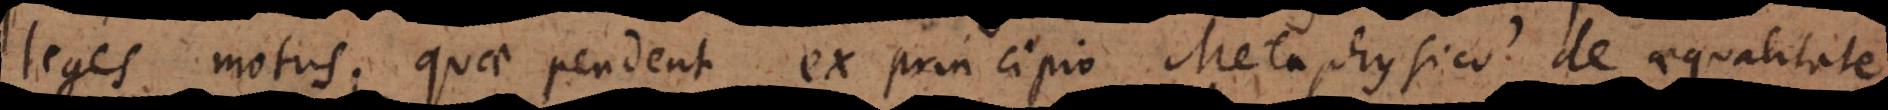
leges motus; quae pendent ex principio Metaphysico de aequalitate